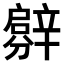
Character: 𨐳